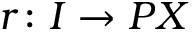
r \colon I \to P X